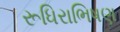
રૂધિરાભિષણ